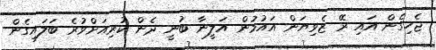
ޖެހިގެން އައި ރޭ ޒެވިޔަން އައުމުން އަލީނާ ބުނީ ދެން ކުރިއަށްވުރެ ބަލައިގެން